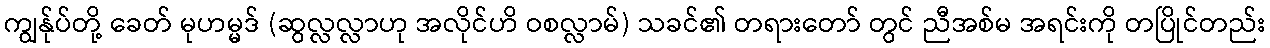
ကျွန်ုပ်တို့ ခေတ် မုဟမ္မဒ် (ဆွလ္လလ္လာဟု အလိုင်ဟိ ဝစလ္လာမ်) သခင်၏ တရားတော် တွင် ညီအစ်မ အရင်းကို တပြိုင်တည်း